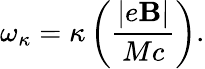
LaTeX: \omega_{\kappa}=\kappa\left({\frac{|e{\mathbf B}|}{Mc}}\right).